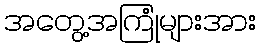
အတွေ့အကြုံများအား